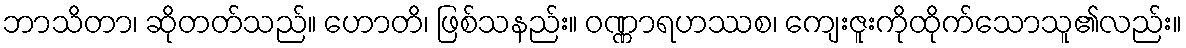
ဘာသိတာ၊ ဆိုတတ်သည်။ ဟောတိ၊ ဖြစ်သနည်း။ ဝဏ္ဏာရဟဿစ၊ ကျေးဇူးကိုထိုက်သောသူ၏လည်း။